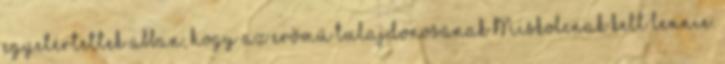
egyetértettek abban, hogy az erőmű tulajdonosának Miskolcnak kell lennie.